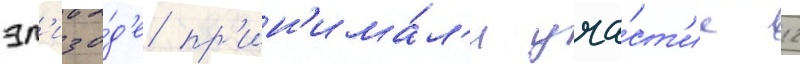
эп'изо́д'е пр'ин'има́л'и уча́ст'ие 12